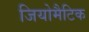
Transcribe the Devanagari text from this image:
जियोमैटिक